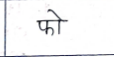
मजकूर: फो